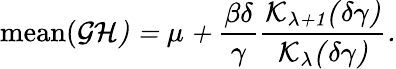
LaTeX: \mathrm{mean}(\cal GH)=\mu+\frac{\beta\delta}{\gamma}\frac{K_{\lambda+1}(\delta\gamma)}{K_{\lambda}(\delta\gamma)}.